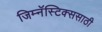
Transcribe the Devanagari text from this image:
जिम्नॅस्टिक्ससाठी